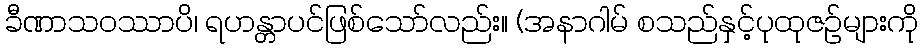
ခီဏာသဝဿာပိ၊ ရဟန္တာပင်ဖြစ်သော်လည်း။ (အနာဂါမ် စသည်နှင့်ပုထုဇဉ်များကို